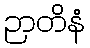
ဉာတိနံ